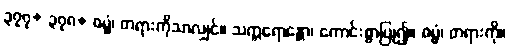
၃၇၇+ ၃၇၈+ ဓမ္မံ၊ တရားကိုသာလျှင်။ သက္ကရောန္တော၊ ကောင်းစွာပြု၍။ ဓမ္မံ၊ တရားကို။